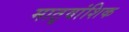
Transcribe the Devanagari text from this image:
मातृवांशिक